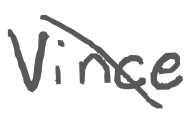
Text: Vince
Cross-out: diagonal
Writing tool: digital_gray